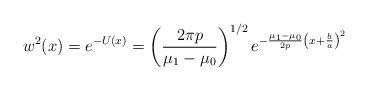
LaTeX: \begin{align*}w^2(x)=e^{-U(x)}=\left({2\pi p\over \mu_1-\mu_0}\right)^{1/2}e^{-{\mu_1-\mu_0\over 2p}\left(x+{b\over a}\right)^2}\end{align*}